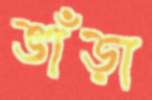
ভাঁড়া